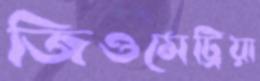
জিওমেট্রিয়া